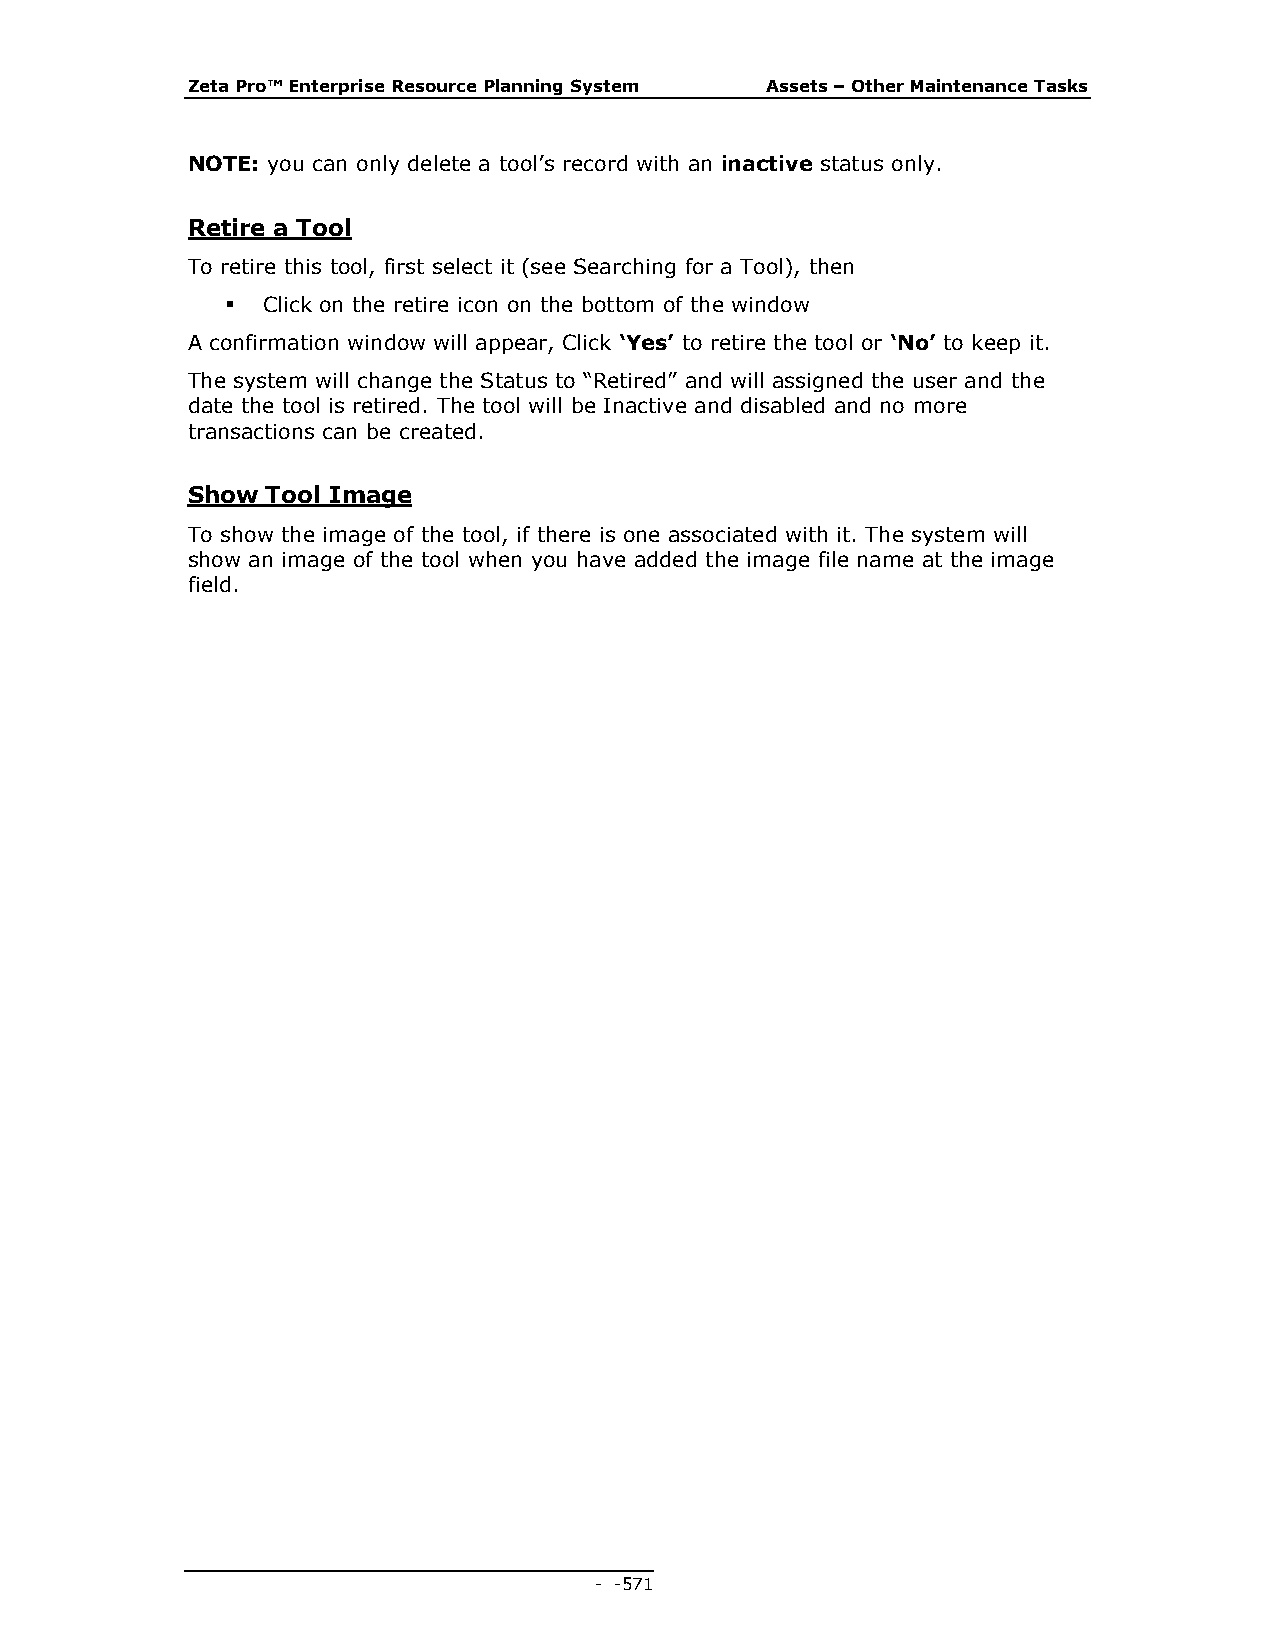
Zeta Pro™ Enterprise Resource Planning System Assets – Other Maintenance Tasks
 NOTE: you can only delete a tool’s record with an inactive status only.
 Retire a Tool
 To retire this tool, first select it (see Searching for a Tool), then
  Click on the retire icon on the bottom of the window
 A confirmation window will appear, Click ‘Yes’ to retire the tool or ‘No’ to keep it.
 The system will change the Status to “Retired” and will assigned the user and the
 date the tool is retired. The tool will be Inactive and disabled and no more
 transactions can be created.
 Show  Tool Image
 To show the image of the tool, if there is one associated with it. The system will
 show an image of the tool when you have added the image file name at the image
 field.
 - - 571